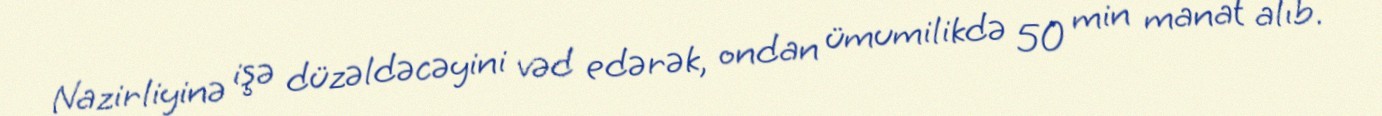
Nazirliyinə işə düzəldəcəyini vəd edərək, ondan ümumilikdə 50 min manat alıb.